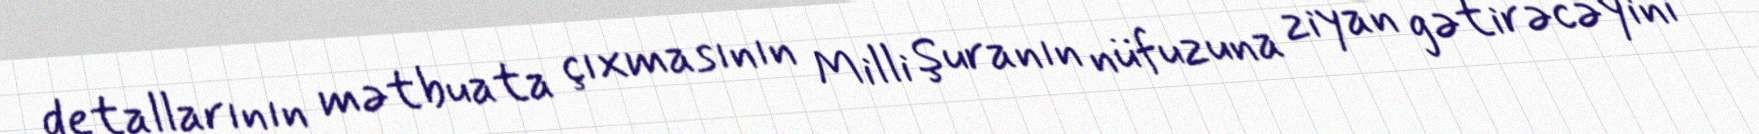
detallarının mətbuata çıxmasının Milli Şuranın nüfuzuna ziyan gətirəcəyini